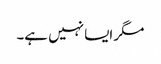
مگر ایسا نہیں ہے۔